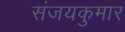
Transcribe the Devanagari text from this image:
संजयकुमार